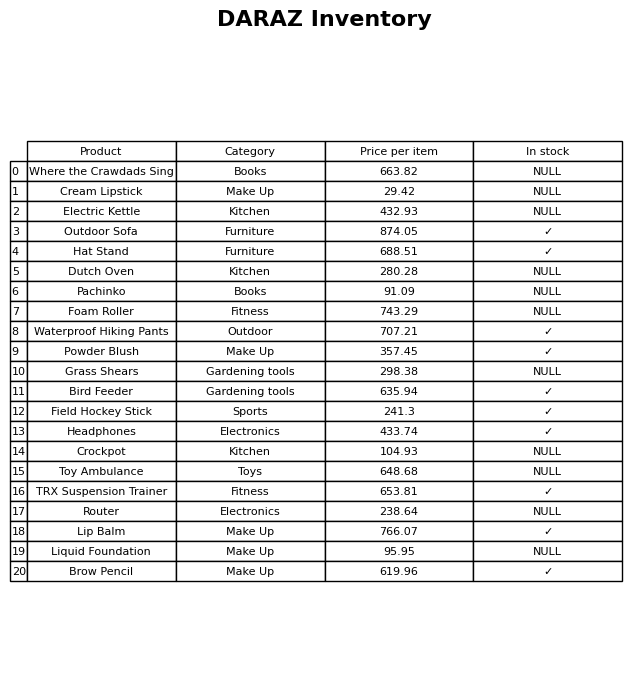
question: What category does the Hat Stand belong to?
answer: Furniture